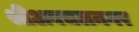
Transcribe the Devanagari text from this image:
श्रीअबचलनगर